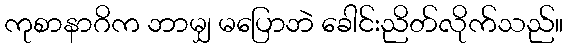
ကုစာနာဂိက ဘာမျှ မပြောဘဲ ခေါင်းညိတ်လိုက်သည်။